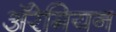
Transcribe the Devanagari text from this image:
अॅरेमियन